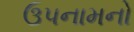
ઉપનામનો